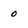
Character: 0